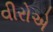
વીરોએ